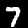
Digit: 7